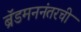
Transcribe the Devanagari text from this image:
ब्रॅडमननंतरची